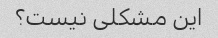
این مشکلی نیست؟